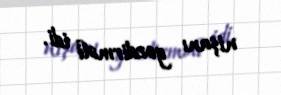
nişanı gəzdirməli idi.